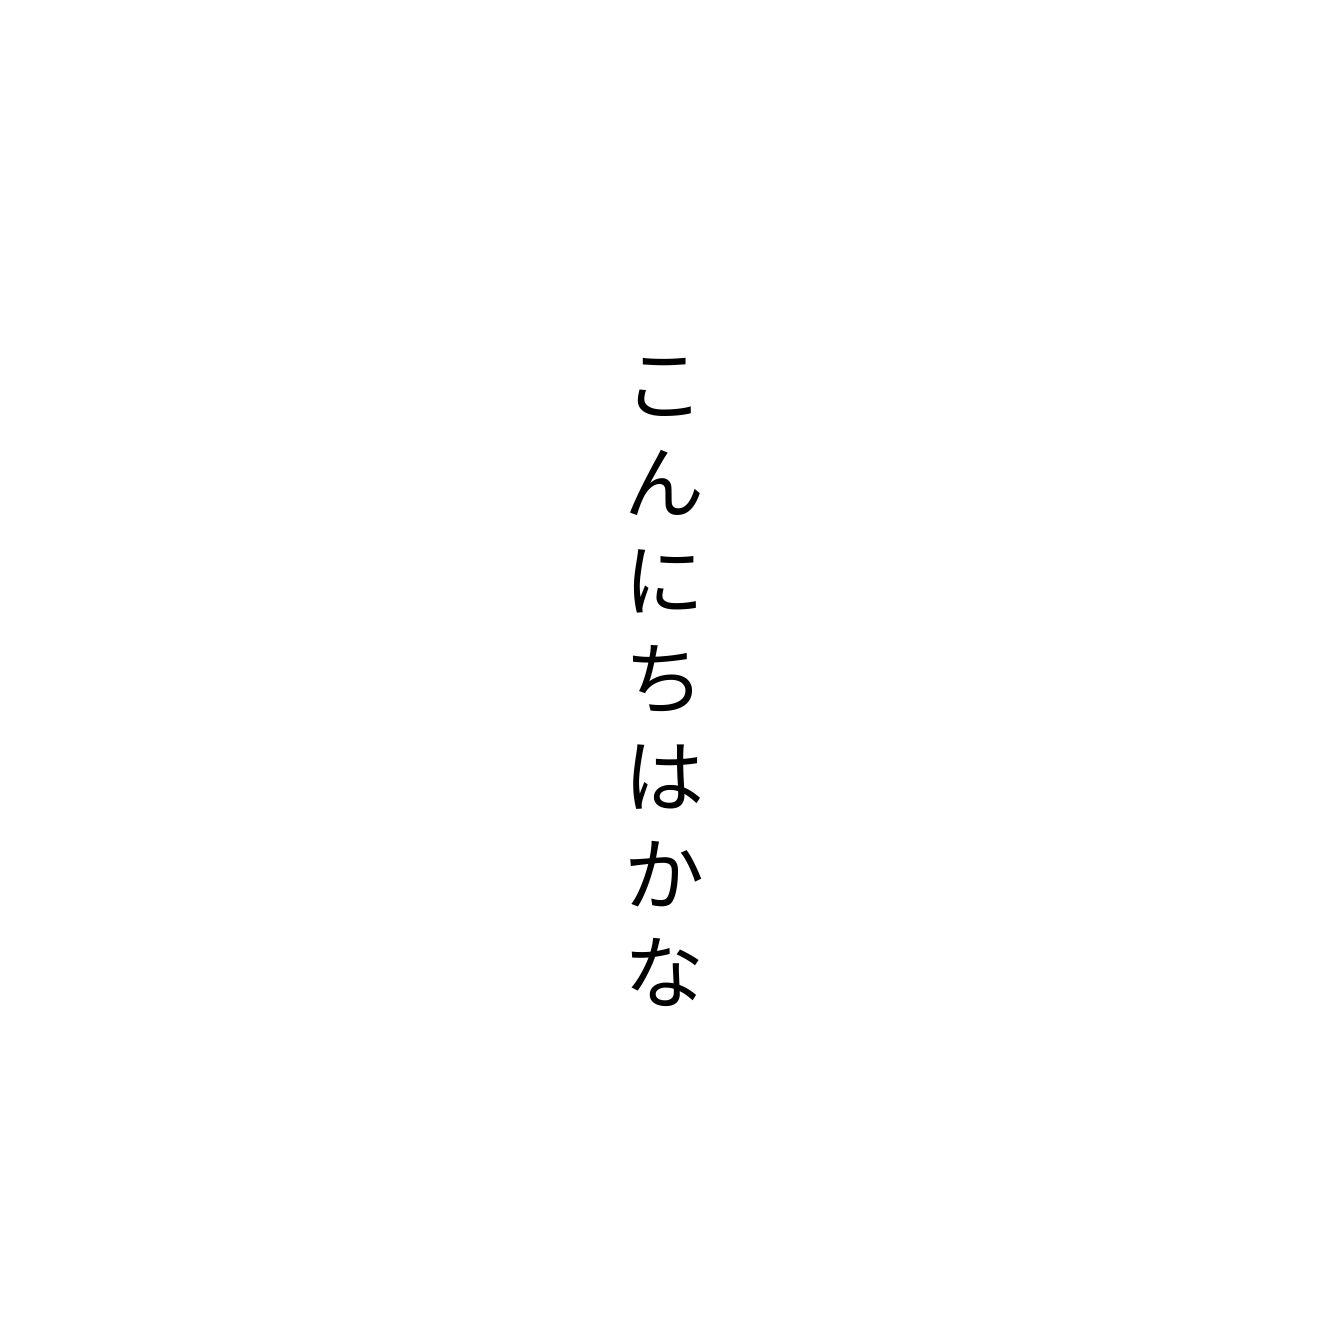
こんにちはかな